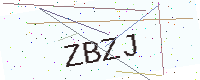
Text: ZBZJ